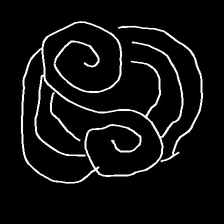
Glyph: wind-underfoot